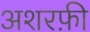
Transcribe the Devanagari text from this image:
अशरफ़ी